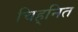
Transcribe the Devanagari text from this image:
चिह्‌नित